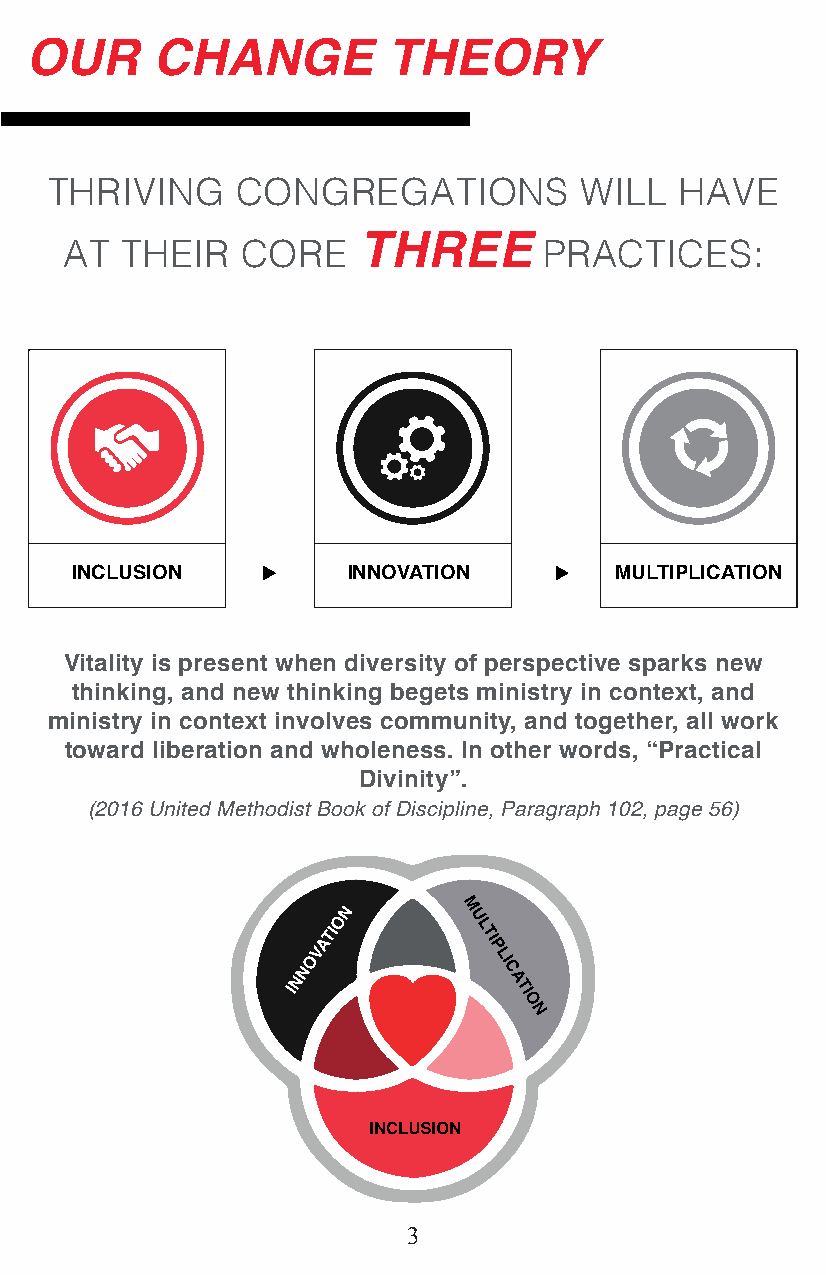
OUR     CHANGE          THEORY
 THRIVING     CONGREGATIONS         WILL   HAVE
 AT  THEIR   CORE    THREE       PRACTICES:
 INCLUSION         INNOVATION        MULTIPLICATION
 Vitality is present when diversity of perspective sparks new
 thinking, and new thinking begets ministry in context, and
 ministry in context involves community, and together, all work
 toward liberation and wholeness. In other words, “Practical
 Divinity”.
 (2016 United Methodist Book of Discipline, Paragraph 102, page 56)
 3